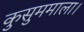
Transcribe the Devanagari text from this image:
कुसुममाला।